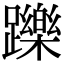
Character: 躒